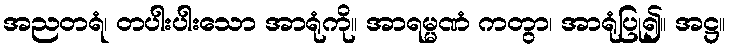
အညတရံ၊ တပါးပါးသော အာရုံကို။ အာရမ္မဏံ ကတွာ၊ အာရုံပြု၍။ အဋ္ဌ။